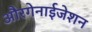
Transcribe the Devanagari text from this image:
औरगेनाईजेशन